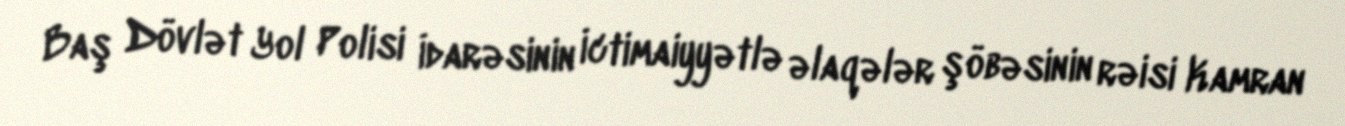
Baş Dövlət Yol Polisi İdarəsinin İctimaiyyətlə əlaqələr şöbəsinin rəisi Kamran